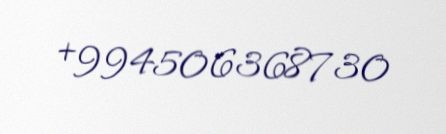
+994506368730